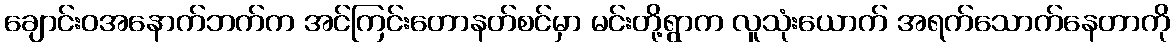
ချောင်းဝအနောက်ဘက်က အင်ကြင်းတောနတ်စင်မှာ မင်းတို့ရွာက လူသုံးယောက် အရက်သောက်နေတာကို